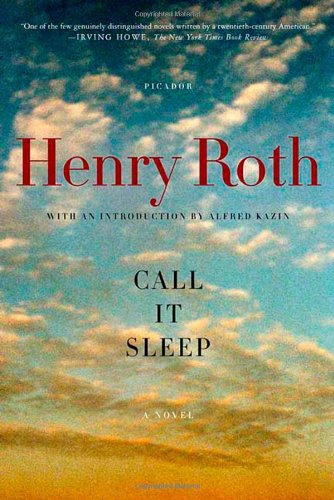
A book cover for Call It Sleep: A Novel; Henry Roth; Literature & Fiction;